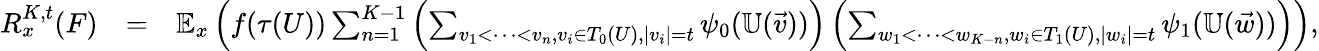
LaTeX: \begin{array}{rlr}{R_{x}^{K,t}(F)}&{=}&{\mathbb{E}_{x}\left(f(\tau(U))\sum_{n=1}^{K-1}\left(\sum_{v_{1}<\cdots<v_{n},v_{i}\in T_{0}(U),|v_{i}|=t}\psi_{0}(\mathbb{U}(\vec{v}))\right)\left(\sum_{w_{1}<\cdots<w_{K-n},w_{i}\in T_{1}(U),|w_{i}|=t}\psi_{1}(\mathbb{U}(\vec{w}))\right)\right),}\end{array}